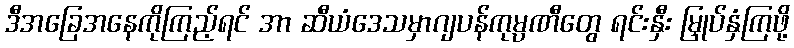
ဒီအခြေအနေကိုကြည့်ရင် အာ ဆီယံဒေသမှာဂျပန်ကုမ္ပဏီတွေ ရင်းနှီး မြှုပ်နှံကြဖို့